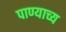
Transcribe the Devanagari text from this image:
पाण्याच्य